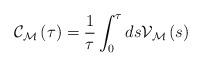
LaTeX: \begin{align*}\mathcal{C}_{\mathcal{M}}\left( \tau\right) \overset{}{=}\frac{1}{\tau}\int_{0}^{\tau}ds\mathcal{V}_{\mathcal{M}}\left( s\right) \end{align*}